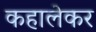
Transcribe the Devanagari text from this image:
कहालेकर